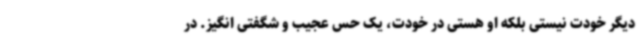
دیگر خودت نیستی بلکه او هستی در خودت، یک حس عجیب و شگفتی انگیز. در